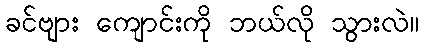
ခင်ဗျား ကျောင်းကို ဘယ်လို သွားလဲ။